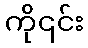
ကို၎င်း